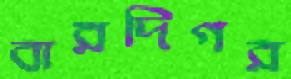
বারদিগর